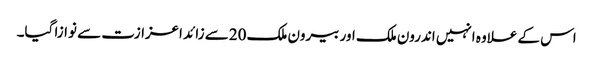
اس کے علاوہ انہیں اندرون ملک اور بیرون ملک 20سے زائد اعزازت سے نوازا گیا۔